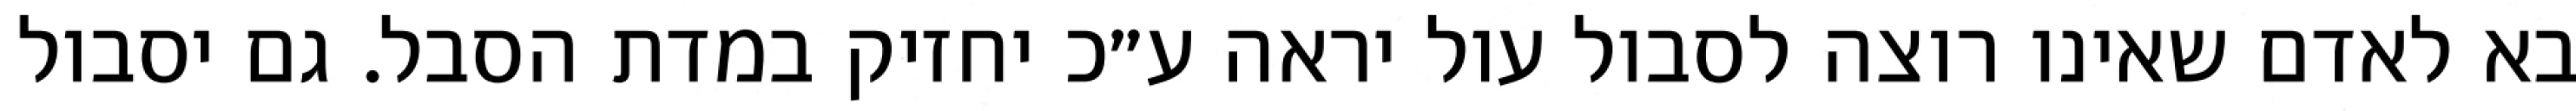
בא לאדם שאינו רוצה לסבול עול יראה ע״כ יחזיק במדת הסבל. גם יסבול